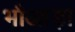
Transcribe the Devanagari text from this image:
भौआड़ा